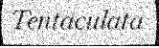
Tentaculata